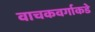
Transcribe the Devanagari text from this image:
वाचकवर्गाकडे